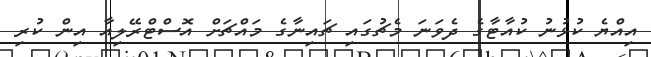
އިއްޔެ ކުޅުނު ކުއާޓާގެ ދެވަނަ މެޗުގައި ޗައިނާގެ މައްޗަށް އޮސްޓްރޭލިއާ އިން ކުރި